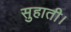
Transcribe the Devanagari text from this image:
सुहाती।